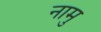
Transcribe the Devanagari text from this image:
नामु